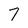
Character: 7